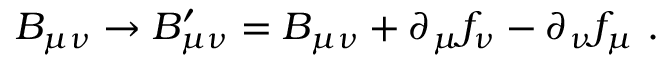
B _ { \mu \nu } \rightarrow B _ { \mu \nu } ^ { \prime } = B _ { \mu \nu } + \partial _ { \mu } f _ { \nu } - \partial _ { \nu } f _ { \mu } ~ .